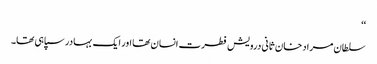
‘‘
سلطان مراد خان ثانی درویش فطرت انسان تھا اور ایک بہادر سپاہی تھا۔